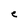
Character: e